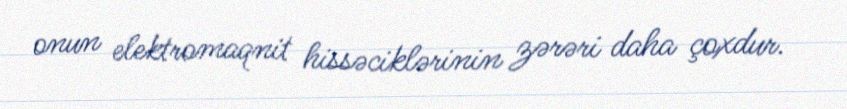
onun elektromaqnit hissəciklərinin zərəri daha çoxdur.